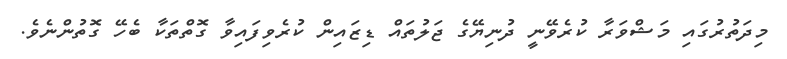
މިދަތުރުގައި މަޝްވަރާ ކުރެވޭނީ ދުނިޔޭގެ ޖަލުތައް ޑިޒައިން ކުރެވިފައިވާ ގޮތްތަކާ ބެހޭ ގޮތުންނެވެ.